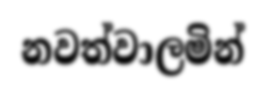
නවත්වාලමින්